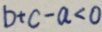
b + c - a < 0